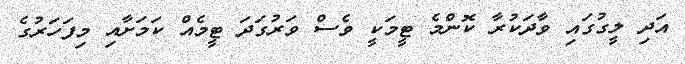
އަދި ލީގުގައި ވާދަކުރާ ކޮންމެ ޓީމަކީ ވެސް ވަރުގަދަ ޓީމެއް ކަމަށާއި މިފަހަރުގެ